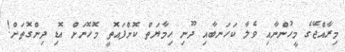
މިރާއްޖޭގެ މީހުންނާއި ވެލާ ކަހަނބާއި ދޫނި ހިމާޔަތް ކޮށްފައޮތީ މޮހޮނަށް އޮޑި ދިންގޮތަށް!